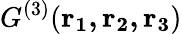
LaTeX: {G^{(3)}}(\mathbf{r_{1},r_{2},r_{3}})